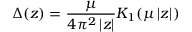
\Delta ( z ) = \frac { \mu } { 4 \pi ^ { 2 } \left| z \right| } K _ { 1 } ( \mu \left| z \right| )